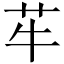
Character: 䒜